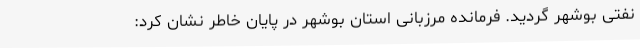
نفتی بوشهر گردید. فرمانده مرزبانی استان بوشهر در پایان خاطر نشان کرد: